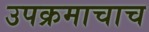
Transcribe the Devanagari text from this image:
उपक्रमाचाच